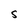
Character: S